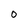
Character: O